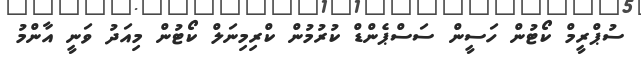
ސުޕްރީމް ކޯޓުން ހަސީން ސަސްޕެންޑް ކުރުމުން ކްރިމިނަލް ކޯޓުން މިއަދު ވަނީ އާންމު